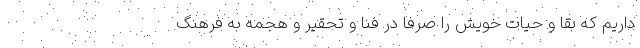
داریم که بقا و حیات خویش را صرفاً در فنا و تحقیر و هجمه به فرهنگ